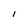
Character: I